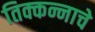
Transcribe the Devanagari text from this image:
तिक्कन्नाचे